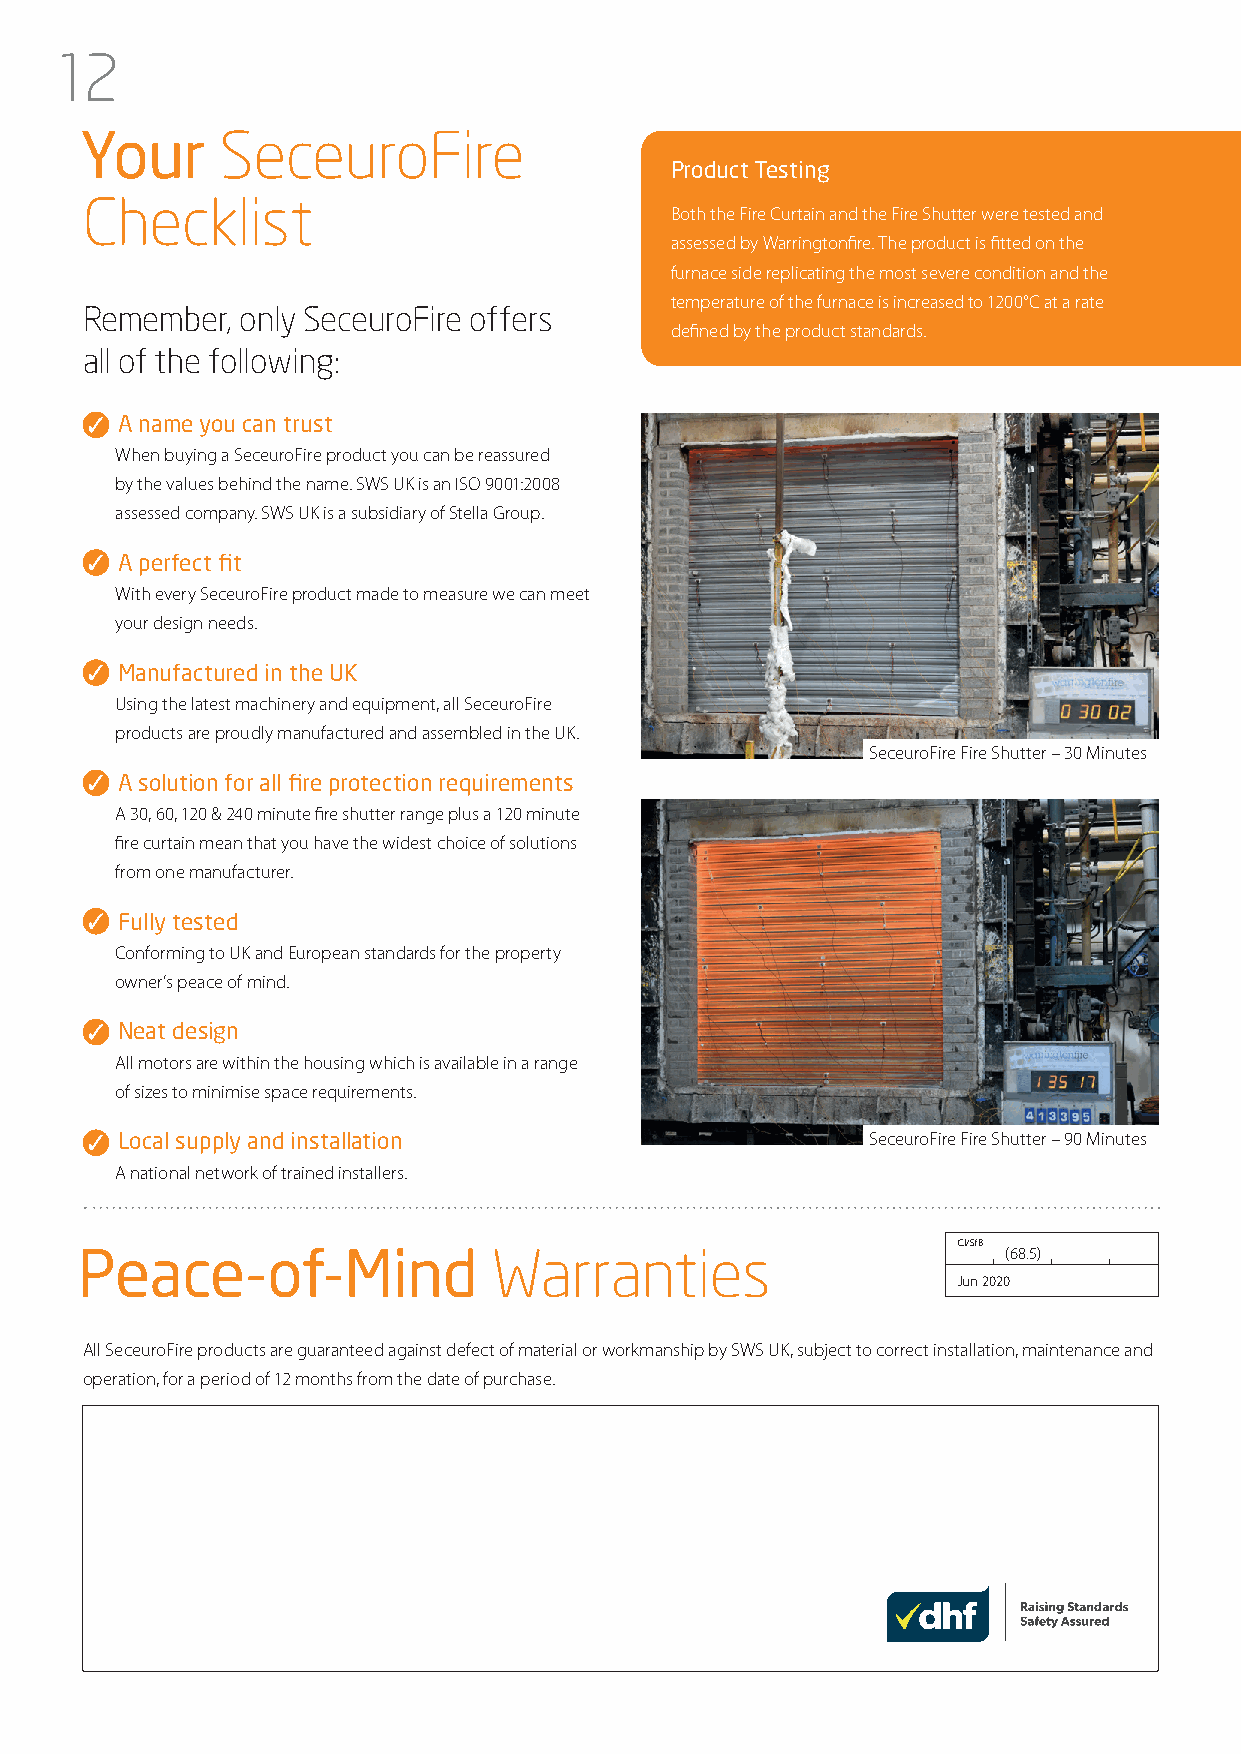
12
 Y our     SeceuroFire
 Product Testing
 Checklist
 Both the Fire Curtain and the Fire Shutter were tested and
 assessed by Warringtonfire. The product is fitted on the
 furnace side replicating the most severe condition and the
 temperature of the furnace is increased to 1200°C at a rate
 Remember,  only SeceuroFire offers
 defined by the product standards.
 all of the following:
 A name you can trust
 When buying a SeceuroFire product you can be reassured
 by the values behind the name. SWS UK is an ISO 9001:2008
 assessed company. SWS UK is a subsidiary of Stella Group.
 A perfect fit
 With every SeceuroFire product made to measure we can meet
 your design needs.
 Manufactured in the UK
 Using the latest machinery and equipment, all SeceuroFire
 products are proudly manufactured and assembled in the UK.
 SeceuroFire Fire Shutter – 30 Minutes
 A solution for all fire protection requirements
 A 30, 60, 120 & 240 minute fire shutter range plus a 120 minute
 fire curtain mean that you have the widest choice of solutions
 from one manufacturer.
 Fully tested
 Conforming to UK and European standards for the property
 owner’s peace of mind.
 Neat design
 All motors are within the housing which is available in a range
 of sizes to minimise space requirements.
 Local supply and installation                    SeceuroFire Fire Shutter – 90 Minutes
 A national network of trained installers.
 CI/SfB
 P  eace-of-Mind             Warranties                        (68.5)
 Jun 2020
 All SeceuroFire products are guaranteed against defect of material or workmanship by SWS UK, subject to correct installation, maintenance and
 operation, for a period of 12 months from the date of purchase.